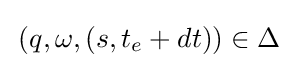
\,(q,\omega ,(s,t_{e}+dt))\in \Delta